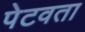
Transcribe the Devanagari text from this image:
पेटवता